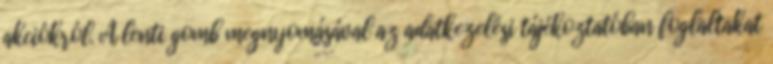
akciókról. A lenti gomb megnyomásával az adatkezelési tájékoztatóban foglaltakat